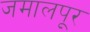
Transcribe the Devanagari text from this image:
जमालपूर